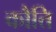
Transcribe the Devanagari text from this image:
कौत्ति